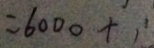
= 6 0 0 0 + 1 ^ { 3 }